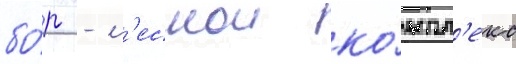
бо́р - л'еснои ко́мпл'екс